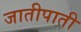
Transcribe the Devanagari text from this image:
जातीपाती